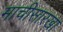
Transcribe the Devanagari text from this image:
माचीसारखा